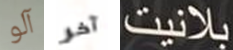
آلو آخر بلانيت